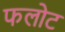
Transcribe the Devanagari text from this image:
फलोट